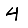
Digit: 4